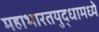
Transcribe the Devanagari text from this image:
महाभारतयुद्धामध्ये